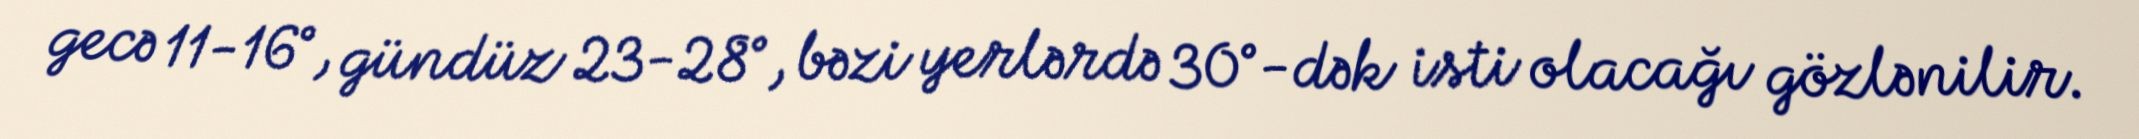
gecə 11-16°, gündüz 23-28°, bəzi yerlərdə 30°-dək isti olacağı gözlənilir.